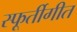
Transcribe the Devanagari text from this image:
स्फूर्तीगीत